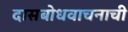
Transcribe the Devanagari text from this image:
दासबोधवाचनाची